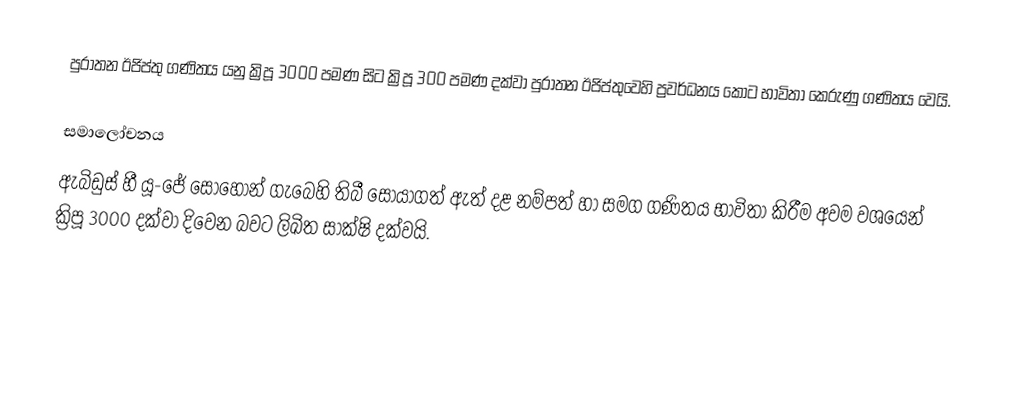
පුරාතන ඊජිප්තු ගණිතය යනු ක්‍රිපූ 3000  පමණ සිට ක්‍රිපූ 300  පමණ දක්වා පුරාතන ඊජිප්තුවෙහි ප්‍රවර්ධනය කොට භාවිතා කෙරුණු ගණිතය වෙයි.

සමාලෝචනය
ඇබිඩුස් හී යූ-ජේ සොහොන් ගැබෙහි  තිබී සොයාගත් ඇත් දළ නම්පත් හා සමග ගණිතය භාවිතා කිරීම අවම වශයෙන් ක්‍රිපූ 3000 දක්වා දිවෙන බවට  ලිඛිත සාක්ෂි දක්වයි.